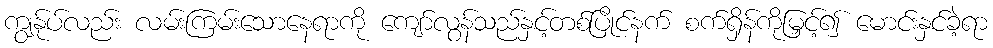
ကျွန်ုပ်လည်း လမ်းကြမ်းသောနေရာကို ကျော်လွန်သည်နှင့်တစ်ပြိုင်နက် စက်ရှိန်ကိုမြှင့်၍ မောင်းနှင်ခဲ့ရာ